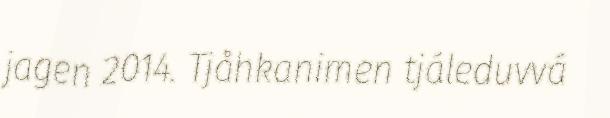
jagen 2014. Tjåhkanimen tjáleduvvá